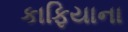
કાફિયાના